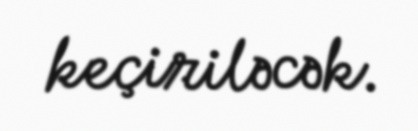
keçiriləcək.